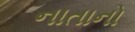
નાતાનો